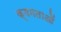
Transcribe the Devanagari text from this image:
क्षमताआें